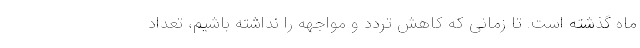
ماه گذشته است. تا زمانی که کاهش تردد و مواجهه را نداشته باشیم، تعداد